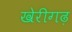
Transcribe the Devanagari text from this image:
खेरीगढ़